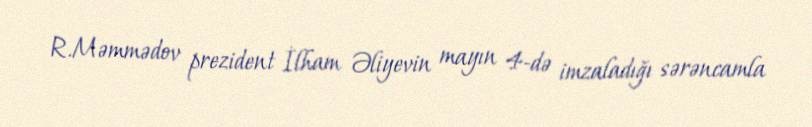
R.Məmmədov prezident İlham Əliyevin mayın 4-də imzaladığı sərəncamla